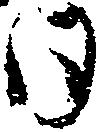
日